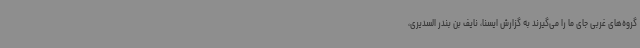
گروه‌های غربی جای ما را می‌گیرند به گزارش ایسنا، نایف بن بندر السدیری،